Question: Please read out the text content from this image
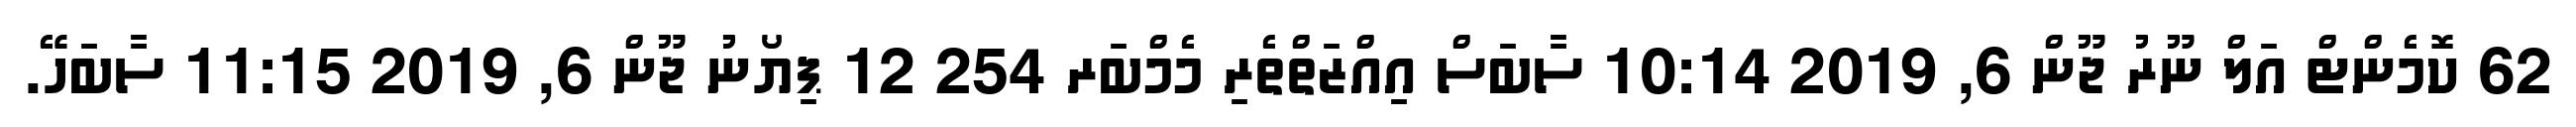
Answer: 62 ކޮމެންޓް އަލް ނޫރު ޖޫން 6, 2019 10:14 ސާބަސް އިއްޒަތްތެރި މެމްބަރ 254 12 ޕިޔޯނު ޖޫން 6, 2019 11:15 ސާބަހޭ.